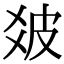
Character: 𤿓